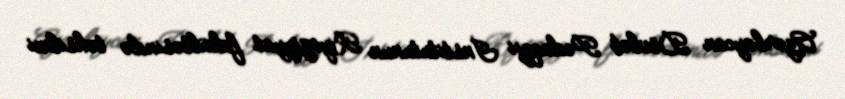
Azərbaycan Dövlət Pedaqoji İnstitutunun Riyaziyyat fakültəsində təhsilini